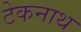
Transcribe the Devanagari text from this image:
टेकनाथ